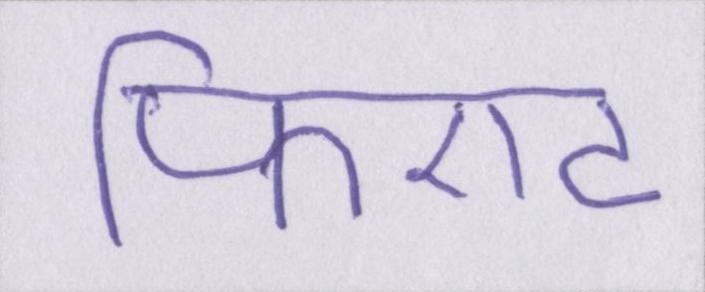
फिएट